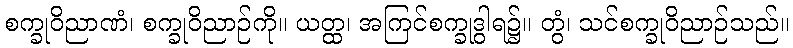
စက္ခုဝိညာဏံ၊ စက္ခုဝိညာဉ်ကို။ ယတ္ထ၊ အကြင်စက္ခုဒွါရ၌။ တွံ၊ သင်စက္ခုဝိညာဉ်သည်။